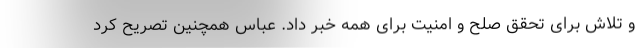
و تلاش برای تحقق صلح و امنیت برای همه خبر داد. عباس همچنین تصریح کرد